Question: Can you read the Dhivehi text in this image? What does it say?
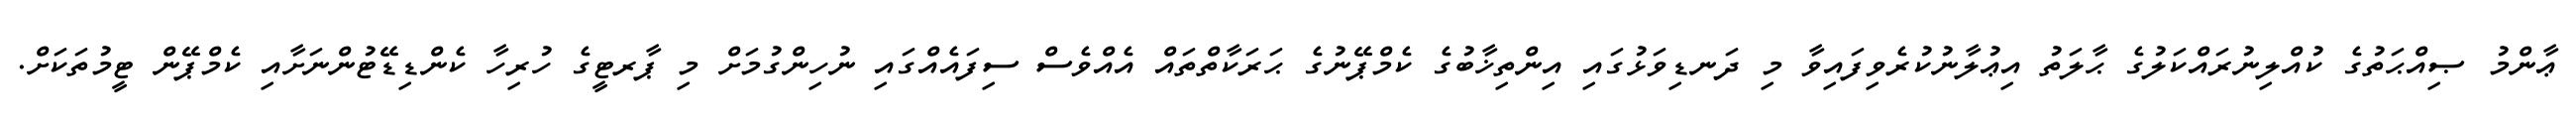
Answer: ޢާންމު ޞިއްޙަތުގެ ކުއްލިނުރައްކަލުގެ ޙާލަތު އިޢުލާނުކުރެވިފައިވާ މި ދަނޑިވަޅުގައި އިންތިޚާބުގެ ކެމްޕޭނުގެ ޙަރަކާތްތައް އެއްވެސް ސިފައެއްގައި ނުހިންގުމަށް މި ޕާރޓީގެ ހުރިހާ ކެންޑިޑޭޓުންނަށާއި ކެމްޕޭން ޓީމުތަކަށް.